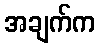
အချက်က